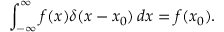
\int _ { - \infty } ^ { \infty } f ( x ) \delta ( x - x _ { 0 } ) \, d x = f ( x _ { 0 } ) .